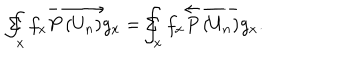
LaTeX: \Sigma \! \! \! \! \! \! \int _ { x } f _ { x } \overrightarrow { P \left( U _ { n } \right) } g _ { x } = \Sigma \! \! \! \! \! \! \int _ { x } f _ { x } \overleftarrow { P \left( U _ { n } ^ { } \right) } g _ { x } .